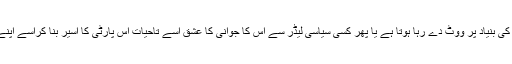
اس قسم کا ووٹر عام طور پر یا تو مذہب اوربرادری کی بنیاد پر ووٹ دے رہا ہوتا ہے یا پھر کسی سیاسی لیڈر سے اس کا جوانی کا عشق اسے تاحیات اس پارٹی کا اسیر بنا کراسے اپنے لیڈر سے آگے کچھ سوچنے کی مہلت ہی نہیں دیتا۔